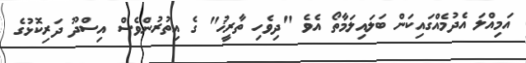
އަމިއްލަ އެދުމެއްގައިކަން ބަލައިލަމާތޯ އެވެ "ދިވެހި ތާރީޚު" ގެ އިތުރުންވެސް އިސްދޫ ދަރިކޮޅުގެ